画像に写った文字を読んでください
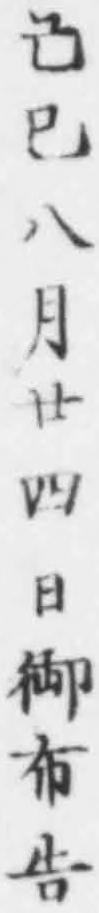
「己巳八月廿四日御布告」と書いてあります